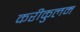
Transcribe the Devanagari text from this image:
करीकुलम